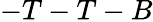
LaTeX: -T-T-B